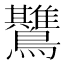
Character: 𱉅